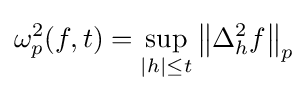
\omega _{p}^{2}(f,t)=\sup _{|h|\leq t}\left\|\Delta _{h}^{2}f\right\|_{p}